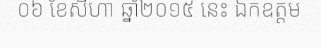
០៦ ខែសីហា ឆ្នាំ២០១៥ នេះ ឯកឧត្តម